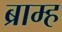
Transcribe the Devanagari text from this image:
ब्राम्ह